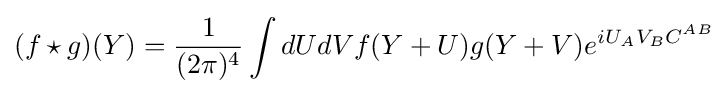
(f\star g)(Y)={\frac {1}{(2\pi )^{4}}}\int dUdVf(Y+U)g(Y+V)e^{iU_{A}V_{B}C^{AB}}